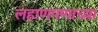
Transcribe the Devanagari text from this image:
लहाणपणाच्या